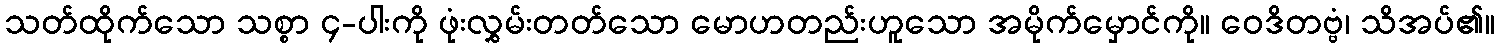
သတ်ထိုက်သော သစ္စာ ၄-ပါးကို ဖုံးလွှမ်းတတ်သော မောဟတည်းဟူသော အမိုက်မှောင်ကို။ ဝေဒိတဗ္ဗံ၊ သိအပ်၏။